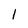
Character: l